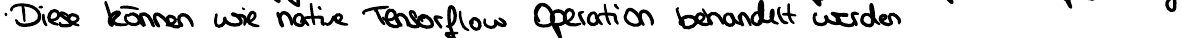
Diese können wie native Tensorflow Operation behandelt werden